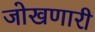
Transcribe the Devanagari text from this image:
जोखणारी